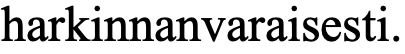
harkinnanvaraisesti.